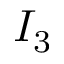
I _ { 3 }